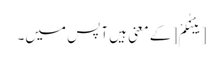
[بَیْنَکُمْ [کے معنی ہیں آپس میں۔